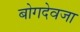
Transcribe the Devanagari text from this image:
बोगदेवजा